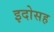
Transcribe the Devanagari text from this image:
इदोसह